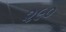
૨૯૦